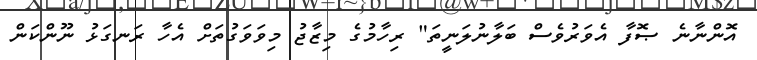
އޮންނާނެ ޞޮފާ އެވަރުވެސް ބަލާނުލަނީތަ" ރިހާމުގެ މިޒާޖު މިވަވަގުތަށް އެހާ ރަނގަޅު ނޫންކަން